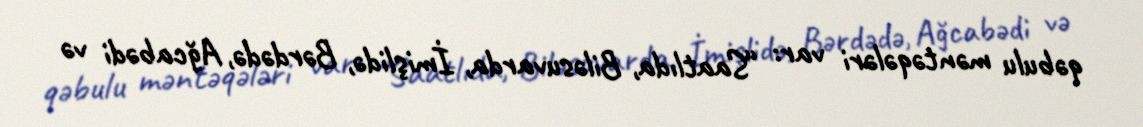
qəbulu məntəqələri var: “Saatlıda, Biləsuvarda, İmişlidə, Bərdədə, Ağcabədi və